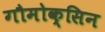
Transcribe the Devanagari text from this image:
गौमोक्सिन